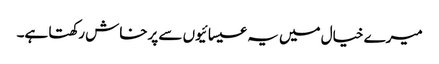
میرے خیال میں یہ عیسائیوں سے پرخاش رکھتا ہے۔